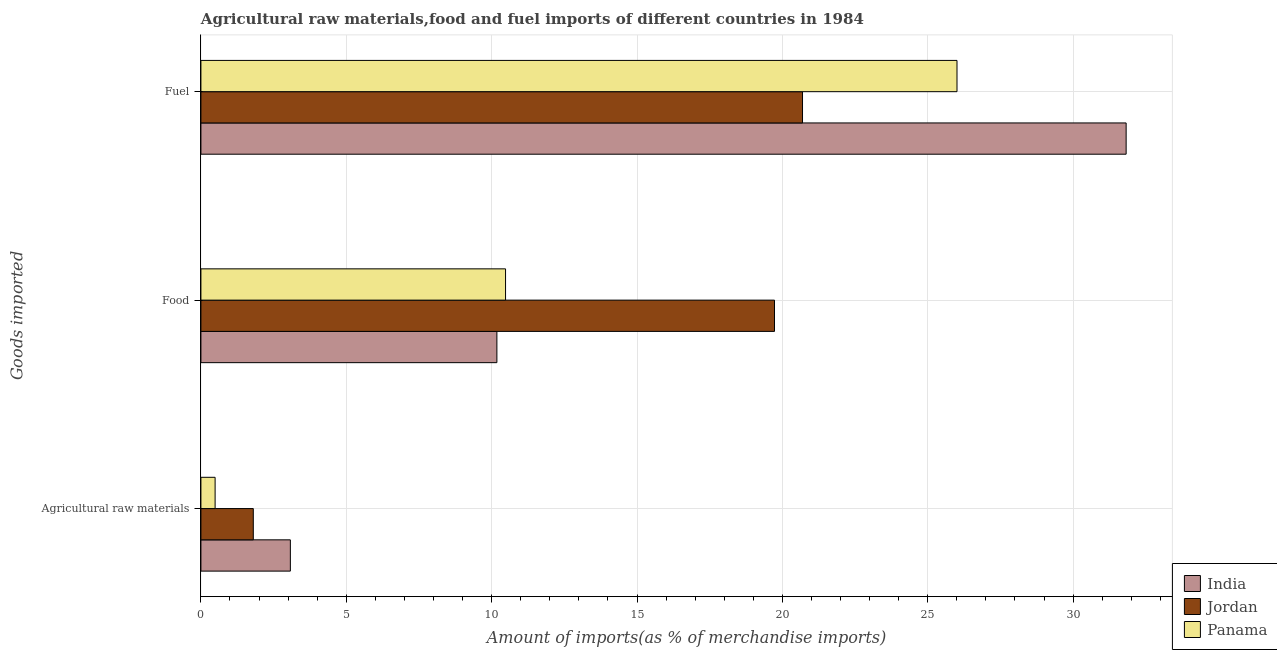
| Goods imported | India | Jordan | Panama |
 | --- | --- | --- | --- |
 | Agricultural raw materials | 3.08 | 1.8 | 0.488 |
 | Food | 10.2 | 19.7 | 10.5 |
 | Fuel | 31.8 | 20.7 | 26 |